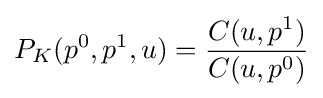
P_{K}(p^{0},p^{1},u)={\frac {C(u,p^{1})}{C(u,p^{0})}}